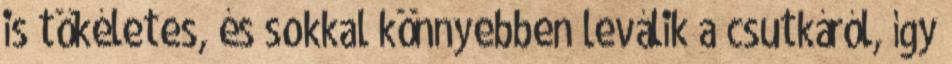
is tökéletes, és sokkal könnyebben leválik a csutkáról, így